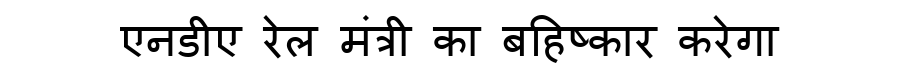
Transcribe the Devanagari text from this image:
एनडीए रेल मंत्री का बहिष्कार करेगा